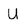
Character: U